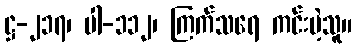
ဋ္ဌ-၂၁၇၊ ပါ-၁၁၂၊ ကြက်သရေ ကင်းမဲ့သူ။